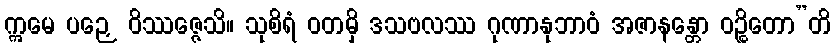
ဣမေ ပဉှေ ဝိဿဇ္ဇေသိ။ သုစိရံ ဝတမှိ ဒသဗလဿ ဂုဏာနုဘာဝံ အဇာနန္တော ဝဉ္စိတော”တိ